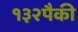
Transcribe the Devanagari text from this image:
१३२पैकी